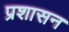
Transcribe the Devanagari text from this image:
प्रशासन